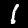
Digit: 1